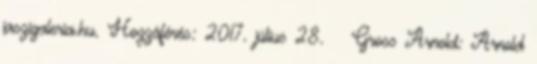
jaszigaleria.hu. Hozzáférés: 2017. július 28. ↑ Gross Arnold: Arnold